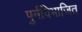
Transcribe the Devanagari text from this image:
पुर्नविभाजित